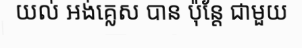
យល់ អង់គ្លេស បាន ប៉ុន្តែ ជាមួយ